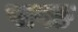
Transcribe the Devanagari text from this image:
पापङ